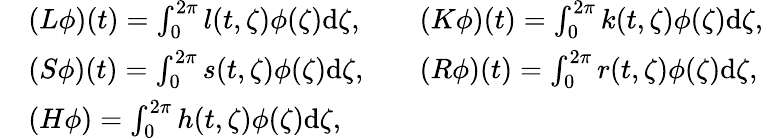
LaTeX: \begin{array}{rlrl}&{(L\phi)(t)=\int_{0}^{2\pi}l(t,\zeta)\phi(\zeta)\mathrm{d}\zeta,}&&{(K\phi)(t)=\int_{0}^{2\pi}k(t,\zeta)\phi(\zeta)\mathrm{d}\zeta,}\\ &{(S\phi)(t)=\int_{0}^{2\pi}s(t,\zeta)\phi(\zeta)\mathrm{d}\zeta,}&&{(R\phi)(t)=\int_{0}^{2\pi}r(t,\zeta)\phi(\zeta)\mathrm{d}\zeta,}\\ &{(H\phi)=\int_{0}^{2\pi}h(t,\zeta)\phi(\zeta)\mathrm{d}\zeta,}\end{array}